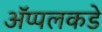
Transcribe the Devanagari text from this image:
ॲप्पलकडे